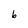
Character: b